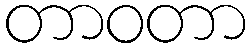
တာဝတာ